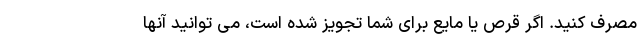
مصرف کنید. اگر قرص یا مایع برای شما تجویز شده است، می توانید آنها